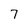
Character: 7